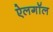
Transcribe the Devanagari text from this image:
ऐलगॉल